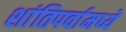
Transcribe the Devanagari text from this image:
शांतिपर्वामध्ये